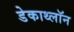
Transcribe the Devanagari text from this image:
डेकाथ्लॉन